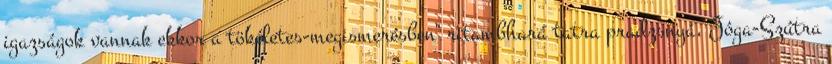
igazságok vannak ekkor a tökéletes-megismerésben" ritambhará tatra pradzsnyá, Jóga-Szútra